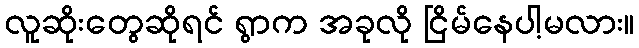
လူဆိုးတွေဆိုရင် ရွာက အခုလို ငြိမ်နေပါ့မလား။